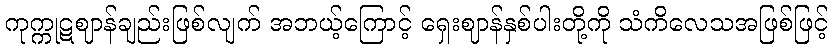
ကုက္ကုဋဈာန်ချည်းဖြစ်လျက် အဘယ့်ကြောင့် ရှေးဈာန်နှစ်ပါးတို့ကို သံကိလေသအဖြစ်ဖြင့်